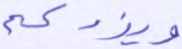
ويزدكم